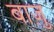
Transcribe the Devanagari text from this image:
बाज़ु